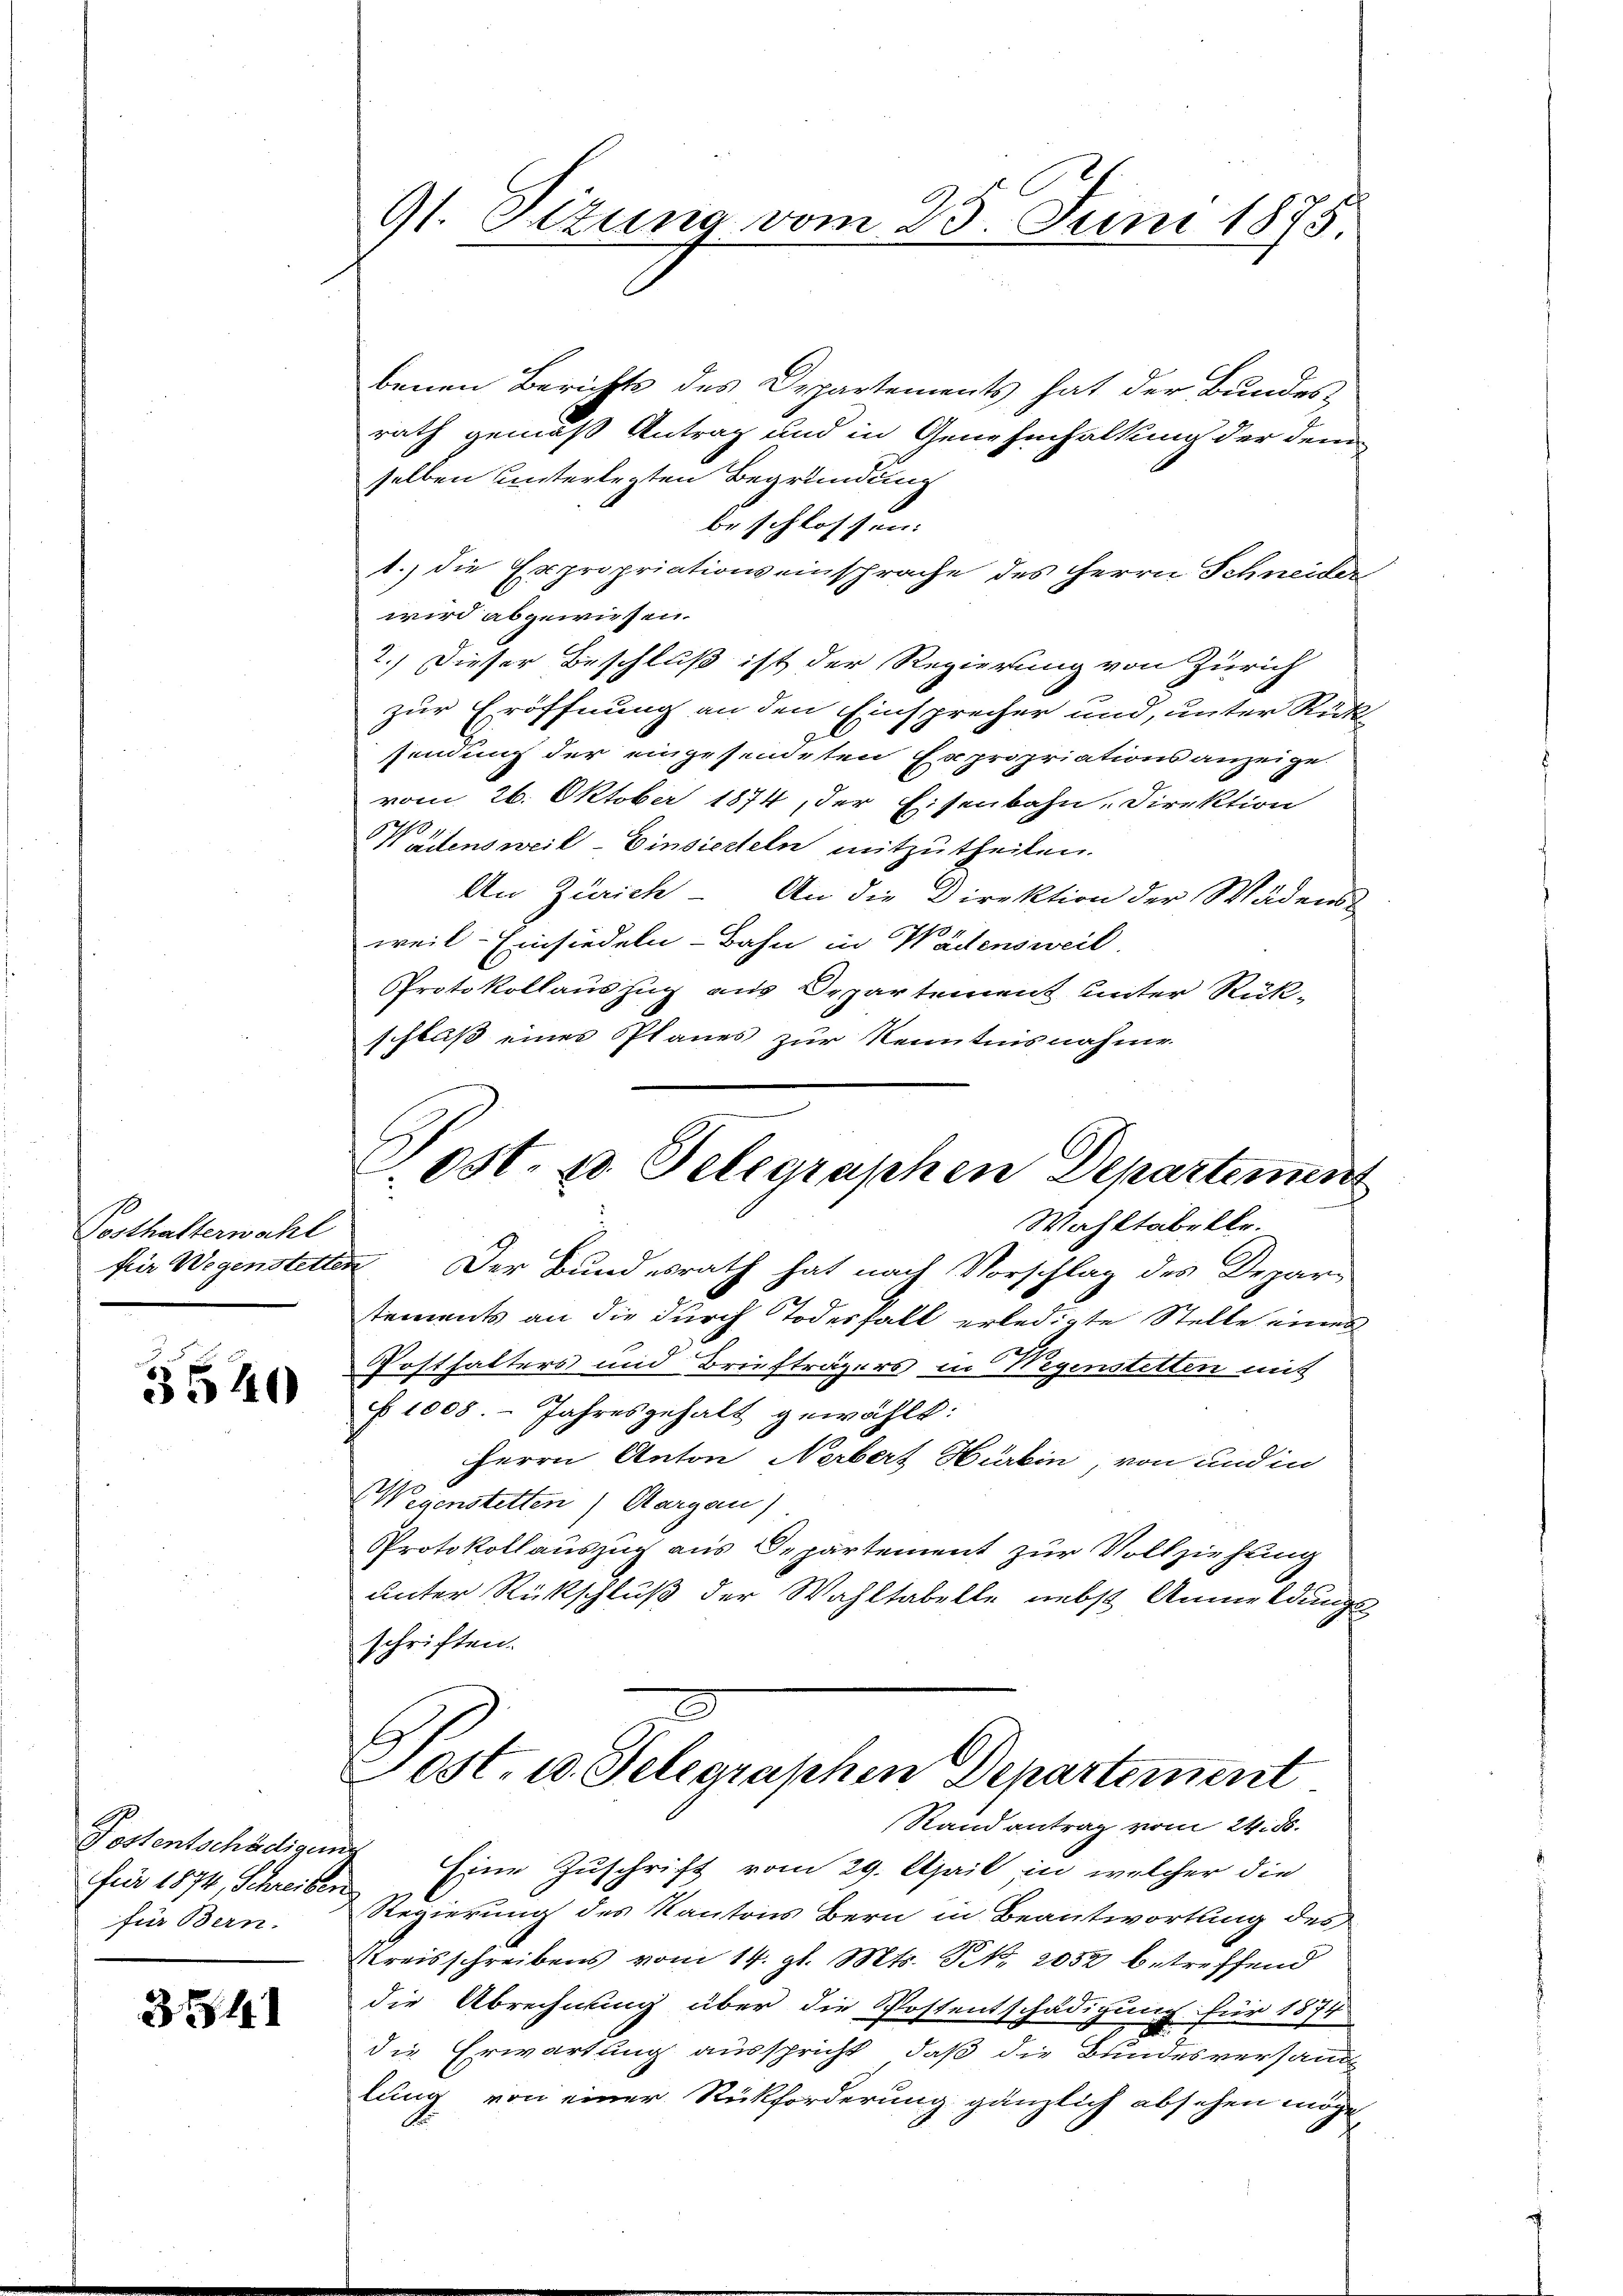
Posthalterwahl

5540

für 1874, Schreiben
für Bern.

354

91. Sizung vom 23. Juni 1875.

benen Berichts des Departements hat der Bundes
rath gemäß Antrag und in Genehmhaltung der dem
selben unterlegten Begründung
beschlossen:
1.) die Expropriationseinsprache des Herrn Schneiter
wird abgewiesen.
2.) Dieser Beschluß ist der Regierung von Zürich
zur Eröffnung an den Einsprecher und, unter Rück
sendung der eingesendeten Expropriations anzeige.
vom 26. Oktober 1874, der Eisenbahn, Direktion
0
Wädensweil - Einsierteln mitzutheilen.
An Zürich. An die Direktion der Wädens-
weil Einsiedeln-Bahn in Wädensweil.
Protokollauszug aus Departement unter Rück-
schluß eines Planes zur Kenntnisnahme

Sost. u. Telegraphen Departement
Wahltabelle.

für Wegenstetten Der Bundesrath hat nach Vorschlag des Deparstements an die durch Todesfall erledigte Stelle einer
Posthalters und Briefträgers in Wegenstetten mit
 1008. Jahresgehalt gewählt:
Herrn Anton Nerbert Hürbin, von und in
Wegenstetten) Aargau)
Protokollauszug aus Departement zur Vollziehung
unter Rückschluß der Wahltabelle nebst Anmeldungs
schriften.
Lost. 10. Selegraphen Departement
Rand antrag vom 24. ds.
Postentschädigung Eine Zuschrift vom 29. April, in welcher die
Regierung des Kantons Bern in Beantwortung des
Kreisschreibens vom 14. gl. Mts. N. 2052 betreffend
die Abrechnung über die Postentschädigung für 1874
die Erwartung ausspricht, daß die Bundesversandt
lung von einer Rückforderung gänzlich absehen möge